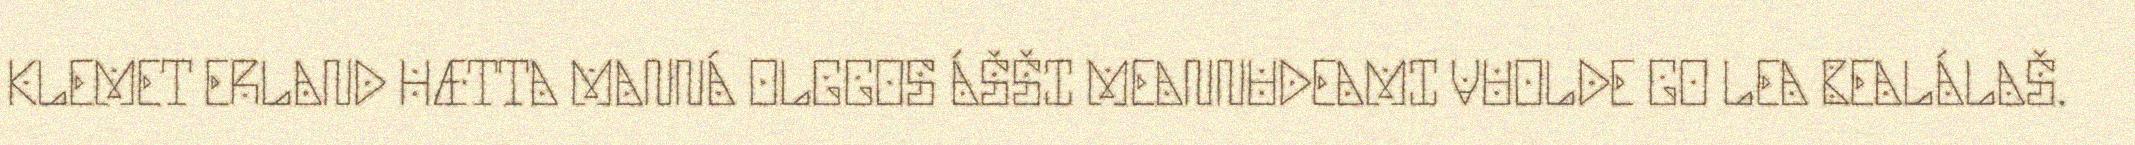
KLEMET ERLAND HÆTTA MANNÁ OLGGOS ÁŠŠI MEANNUDEAMI VUOLDE GO LEA BEALÁLAŠ.